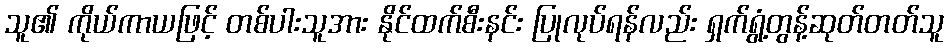
သူ၏ ကိုယ်ကာယဖြင့် တစ်ပါးသူအား နိုင်ထက်စီးနင်း ပြုလုပ်ရန်လည်း ရှက်ရွံ့တွန့်ဆုတ်တတ်သူ